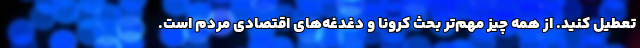
تعطیل کنید. از همه چیز مهم‌تر بحث کرونا و دغدغه‌های اقتصادی مردم است.